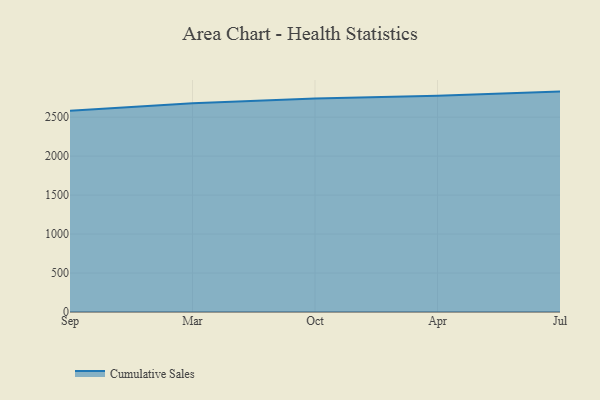
{"axis": {"x": "Month", "y": "Customer Acquisition Cost (USD)"}, "legend": ["Cumulative Sales"], "data": [{"x": "Sep", "y": 2581.5, "type": "Cumulative Sales"}, {"x": "Mar", "y": 2679.8, "type": "Cumulative Sales"}, {"x": "Oct", "y": 2739.9, "type": "Cumulative Sales"}, {"x": "Apr", "y": 2774.4, "type": "Cumulative Sales"}, {"x": "Jul", "y": 2827.9, "type": "Cumulative Sales"}]}